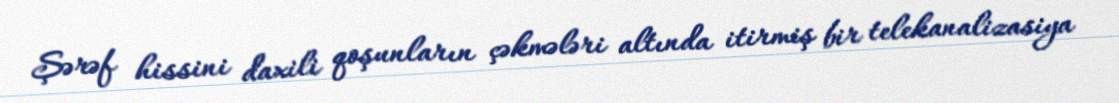
Şərəf hissini daxili qoşunların çəkmələri altında itirmiş bir telekanalizasiya